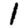
Digit: 1